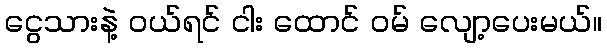
ငွေသားနဲ့ ဝယ်ရင် ငါး ထောင် ဝမ် လျော့ပေးမယ်။